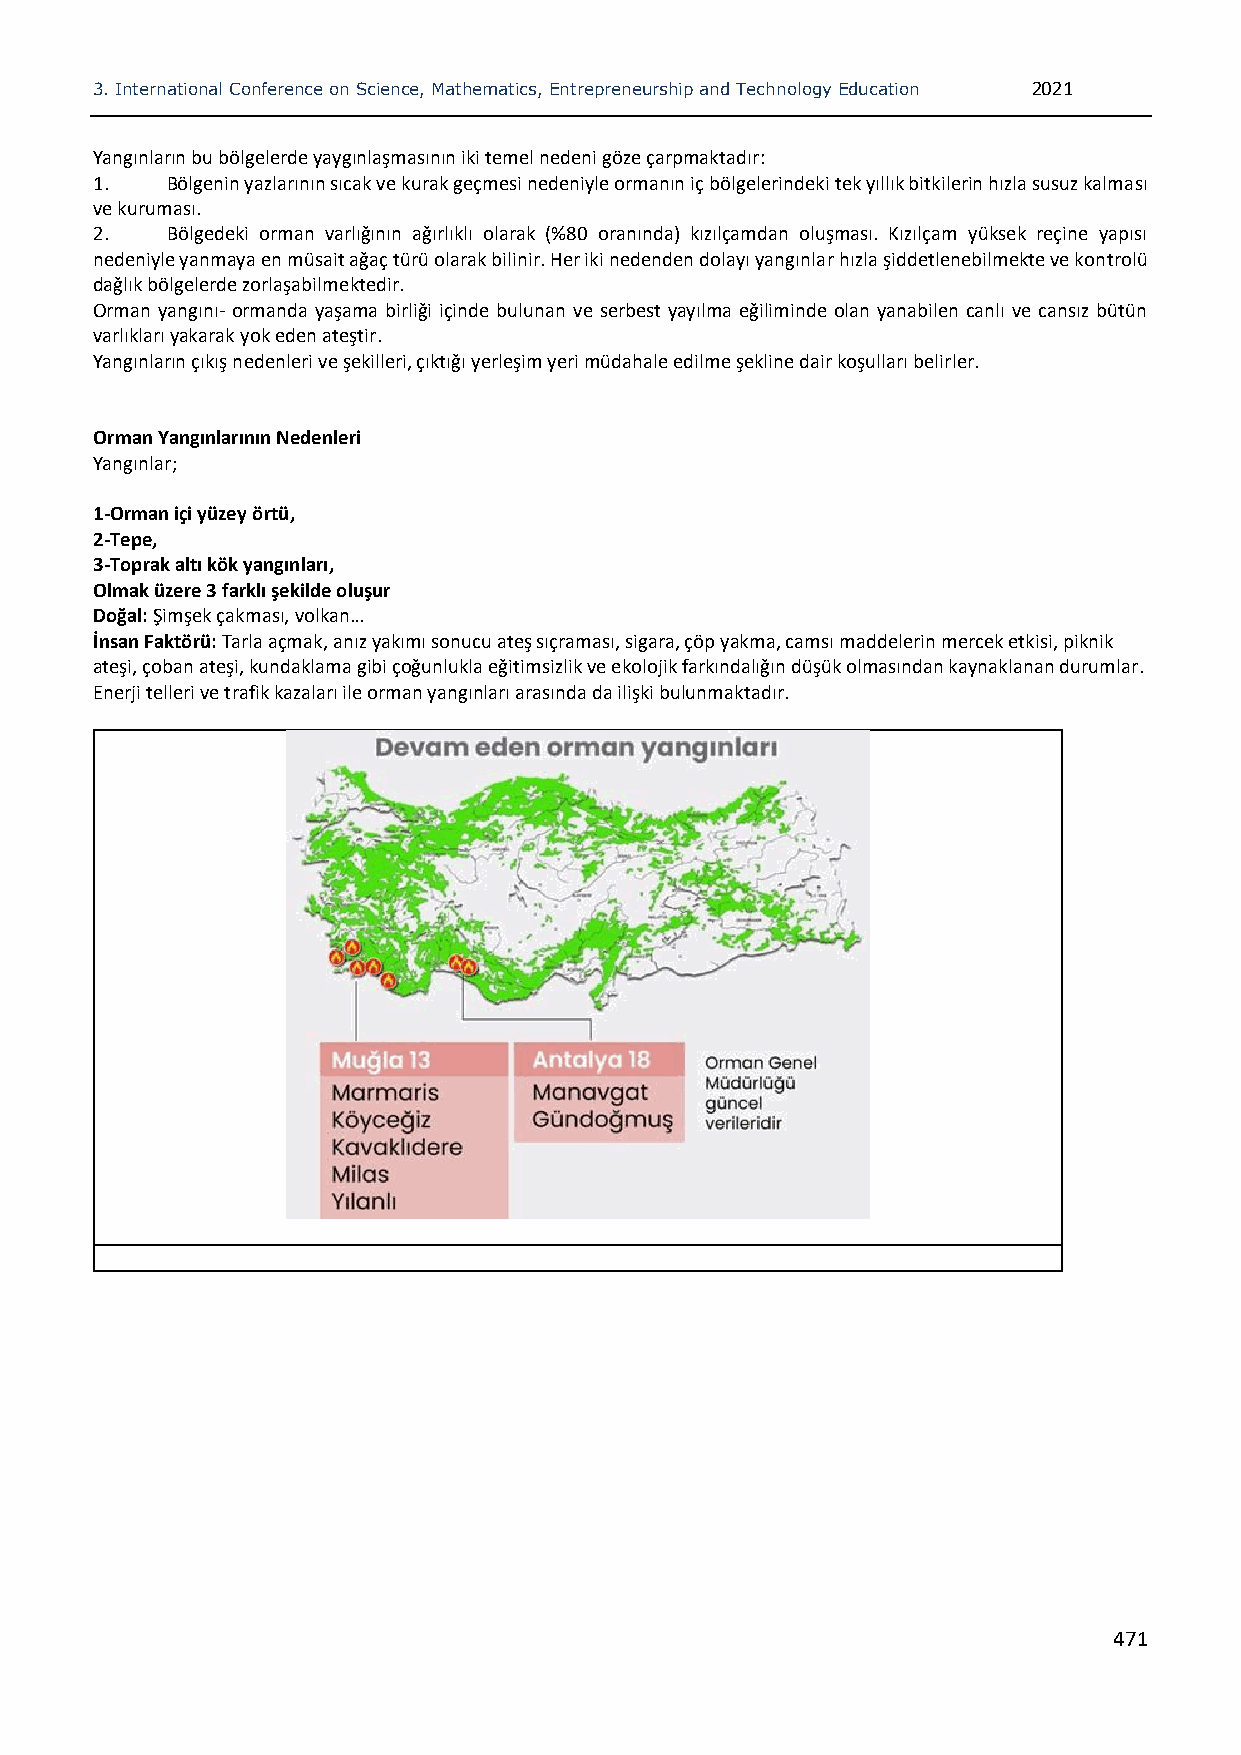
3. International Conference on Science, Mathematics, Entrepreneurship and Technology Education 2021
 Yangınların bu bölgelerde yaygınlaşmasının iki temel nedeni göze çarpmaktadır:
 1.   Bölgenin yazlarının sıcak ve kurak geçmesi nedeniyle ormanın iç bölgelerindeki tek yıllık bitkilerin hızla susuz kalması
 ve kuruması.
 2.   Bölgedeki orman varlığının ağırlıklı olarak (%80 oranında) kızılçamdan oluşması. Kızılçam yüksek reçine yapısı
 nedeniyle yanmaya en müsait ağaç türü olarak bilinir. Her iki nedenden dolayı yangınlar hızla şiddetlenebilmekte ve kontrolü
 dağlık bölgelerde zorlaşabilmektedir.
 Orman yangını- ormanda yaşama birliği içinde bulunan ve serbest yayılma eğiliminde olan yanabilen canlı ve cansız bütün
 varlıkları yakarak yok eden ateştir.
 Yangınların çıkış nedenleri ve şekilleri, çıktığı yerleşim yeri müdahale edilme şekline dair koşulları belirler.
 Orman Yangınlarının Nedenleri
 Yangınlar;
 1-Orman içi yüzey örtü,
 2-Tepe,
 3-Toprak altı kök yangınları,
 Olmak üzere 3 farklı şekilde oluşur
 Doğal: Şimşek çakması, volkan…
 İnsan Faktörü: Tarla açmak, anız yakımı sonucu ateş sıçraması, sigara, çöp yakma, camsı maddelerin mercek etkisi, piknik
 ateşi, çoban ateşi, kundaklama gibi çoğunlukla eğitimsizlik ve ekolojik farkındalığın düşük olmasından kaynaklanan durumlar.
 Enerji telleri ve trafik kazaları ile orman yangınları arasında da ilişki bulunmaktadır.
 471